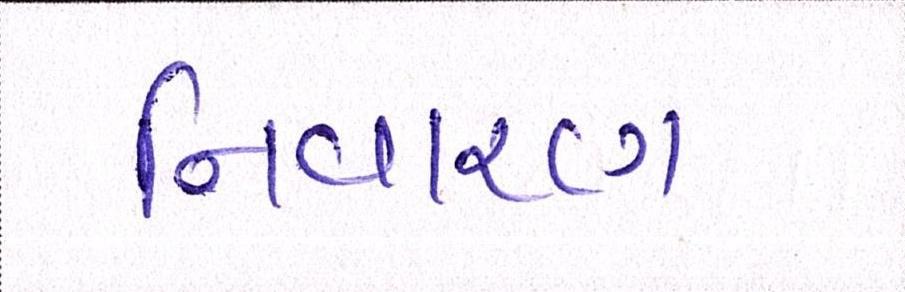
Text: નિવારણ